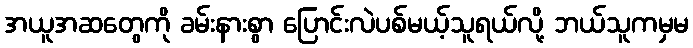
အယူအဆတွေကို ခမ်းနားစွာ ပြောင်းလဲပစ်မယ့်သူရယ်လို့ ဘယ်သူကမှမ